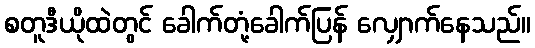
စတူဒီယိုထဲတွင် ခေါက်တုံ့ခေါက်ပြန် လျှောက်နေသည်။